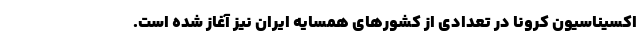
اکسیناسیون کرونا در تعدادی از کشورهای همسایه ایران نیز آغاز شده است.